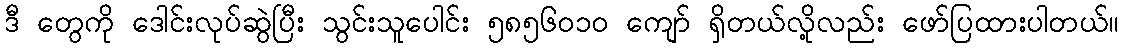
ဒီ တွေကို ဒေါင်းလုပ်ဆွဲပြီး သွင်းသူပေါင်း ၅၈၅၆၀၁၀ ကျော် ရှိတယ်လို့လည်း ဖော်ပြထားပါတယ်။